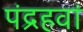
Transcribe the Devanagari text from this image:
पंद्रहवां